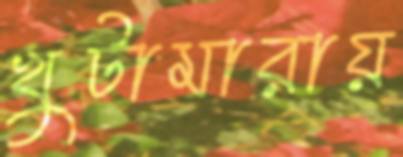
খুটামারায়